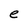
Character: e